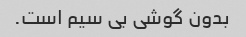
بدون گوشی بی سیم است.